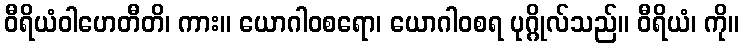
ဝီရိယံဝါဟေတီတိ၊ ကား။ ယောဂါဝစရော၊ ယောဂါဝစရ ပုဂ္ဂိုလ်သည်။ ဝီရိယံ၊ ကို။